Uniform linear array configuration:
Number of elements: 8
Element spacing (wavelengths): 1
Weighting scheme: kaiser
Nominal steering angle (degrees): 30
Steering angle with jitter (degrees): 28.089
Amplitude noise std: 0.05
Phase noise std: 0.05

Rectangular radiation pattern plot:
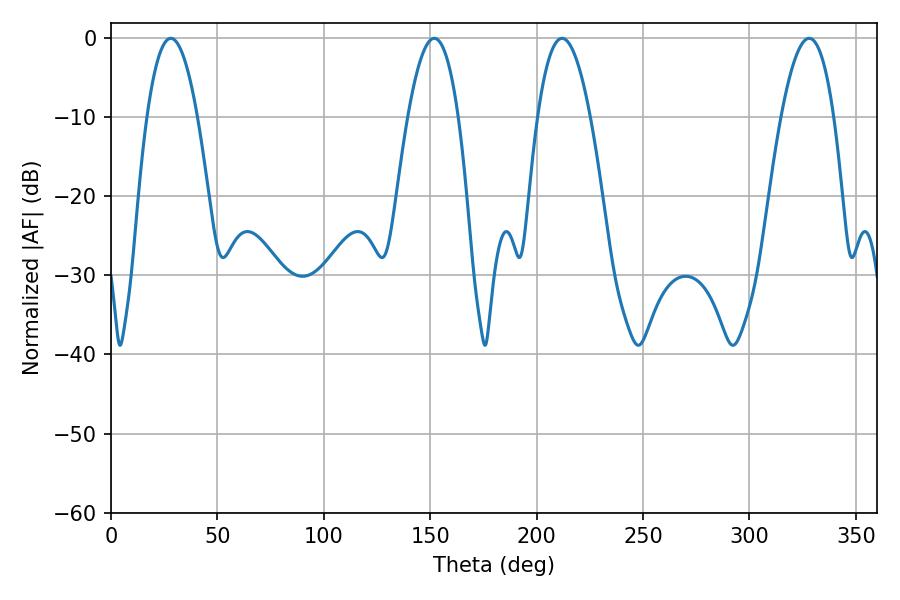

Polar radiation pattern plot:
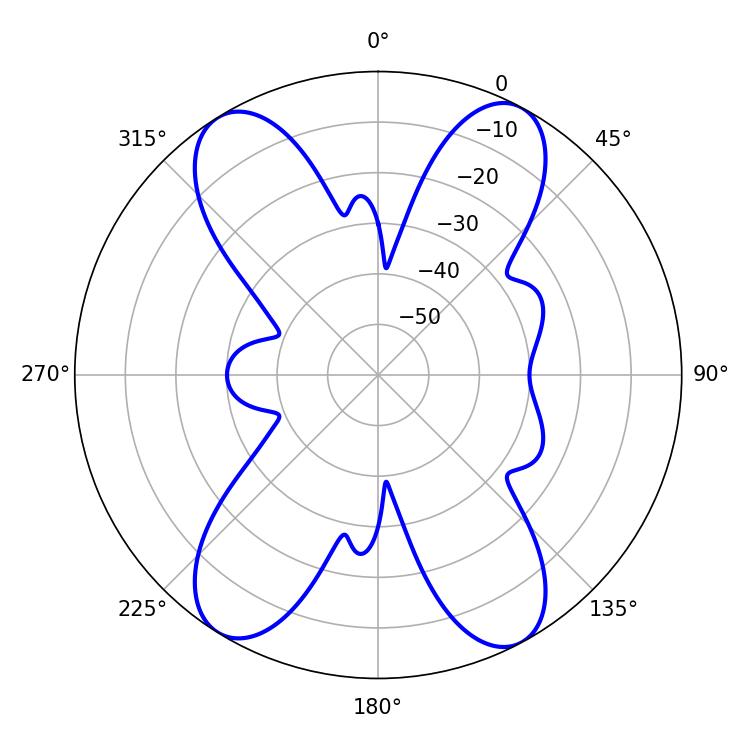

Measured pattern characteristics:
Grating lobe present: TRUE
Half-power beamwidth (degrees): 12.96
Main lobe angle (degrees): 28.08